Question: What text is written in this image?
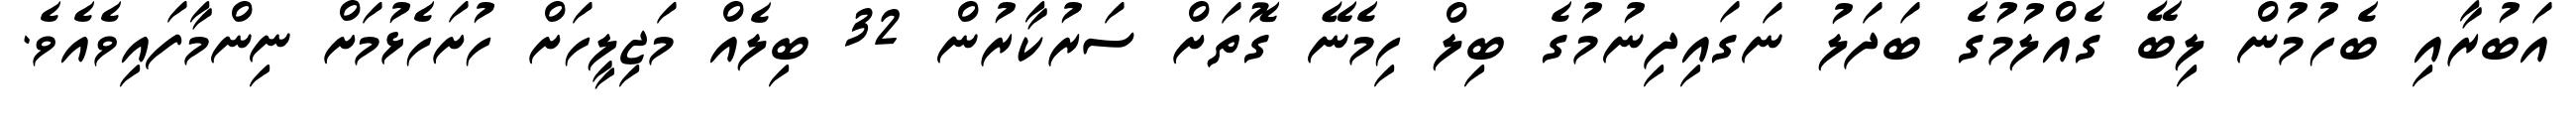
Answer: އަބުރާއި ބެހުމުން ލިބޭ ގެއްލުމުގެ ބަދަލު ނަގައިދިނުމުގެ ބިލް ހިމެނޭ ގޮތަށް ސަރުކާރުން 32 ބިލެއް މަޖިލީހަށް ހުށަހެޅުމަށް ނިންމާފައިވެއެވެ.